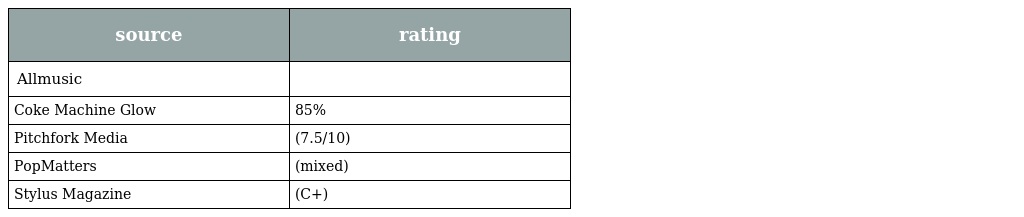
| source | rating |
 | --- | --- |
 | Allmusic |  |
 | Coke Machine Glow | 85% |
 | Pitchfork Media | (7.5/10) |
 | PopMatters | (mixed) |
 | Stylus Magazine | (C+) |